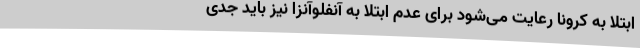
ابتلا به کرونا رعایت می‌شود برای عدم ابتلا به آنفلوآنزا نیز باید جدی